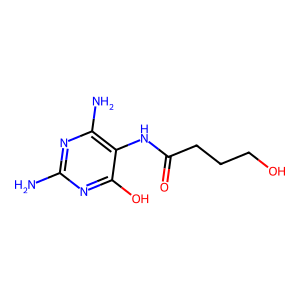
SMILES: Nc1nc(N)c(NC(=O)CCCO)c(O)n1
Inhibits HIV replication: No